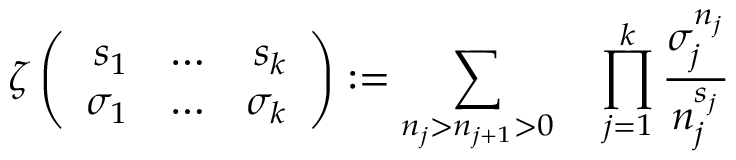
\zeta \left( \begin{array} { r c r } { { s _ { 1 } } } & { { \ldots } } & { { s _ { k } } } \\ { { \sigma _ { 1 } } } & { { \ldots } } & { { \sigma _ { k } } } \end{array} \right) : = \sum _ { n _ { j } > n _ { j + 1 } > 0 } \quad \prod _ { j = 1 } ^ { k } \frac { \sigma _ { j } ^ { n _ { j } } } { n _ { j } ^ { s _ { j } } }